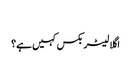
‬
‫اگلا لیٹر بکس کہیں ہے؟